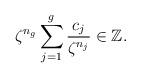
LaTeX: \begin{align*} \zeta^{n_{g}}\sum_{j=1}^{g} \frac{c_{j}}{\zeta^{n_{j}}}\in{\mathbb{Z}}.\end{align*}